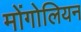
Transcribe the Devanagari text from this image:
मोंगोलियन